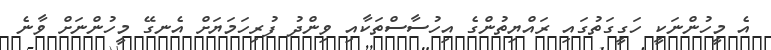
އެ މީހުންނަކީ ހަގީގަތުގައި ރައްޔިތުންގެ އިހުސާސްތަކާއި ވިންދު ފުރިހަމަޔަށް އެނގޭ މީހުންނަށް ވާނެ